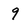
Character: 9